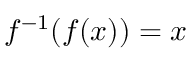
f ^ { - 1 } ( f ( x ) ) = x